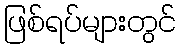
ဖြစ်ရပ်များတွင်